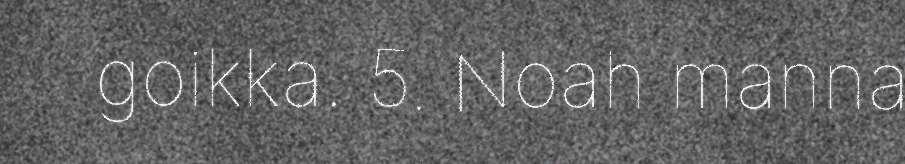
goikka. 5. Noah manna